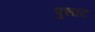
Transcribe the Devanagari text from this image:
पुन्नाट